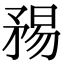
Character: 𥍴